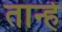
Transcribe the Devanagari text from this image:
तान्हें